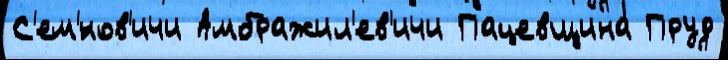
С'ем'́нов'ичи Амбражил'ев'ичи Пацевщина Пруд